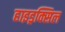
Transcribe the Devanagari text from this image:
हाइड्रक्सिल